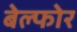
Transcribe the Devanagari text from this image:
बेल्फोर